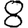
Digit: 8